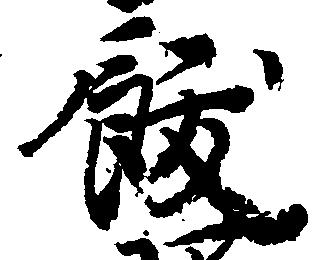
飫